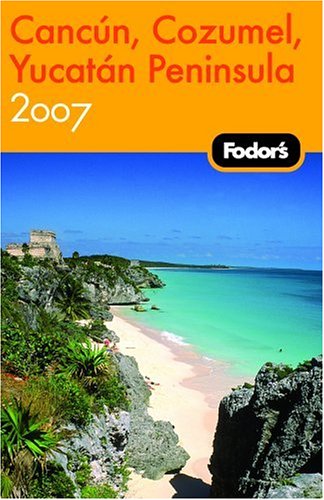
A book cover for Fodor's Cancun, Cozumel & the Yucatan Peninsula 2007 (Fodor's Gold Guides); Fodor's; Travel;